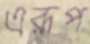
এরূপ